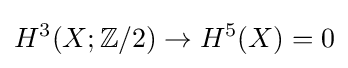
H^{3}(X;\mathbb {Z} /2)\to H^{5}(X)=0